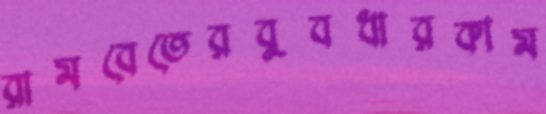
রামবেতেরবুবধারকাম